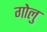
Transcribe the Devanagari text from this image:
गोलु